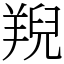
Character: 䍲